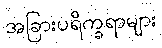
အခြားပရိက္ခရာများ